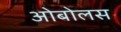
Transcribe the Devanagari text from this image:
ओबोलस